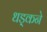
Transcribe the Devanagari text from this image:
धड़्कने